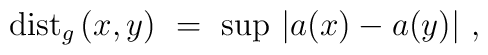
{\rm dist}_g \left(x,y\right)\ = \ {\rm sup}\ |a(x)-a(y)| \ ,